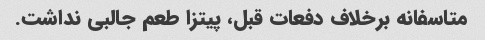
متاسفانه برخلاف دفعات قبل، پیتزا طعم جالبی نداشت.